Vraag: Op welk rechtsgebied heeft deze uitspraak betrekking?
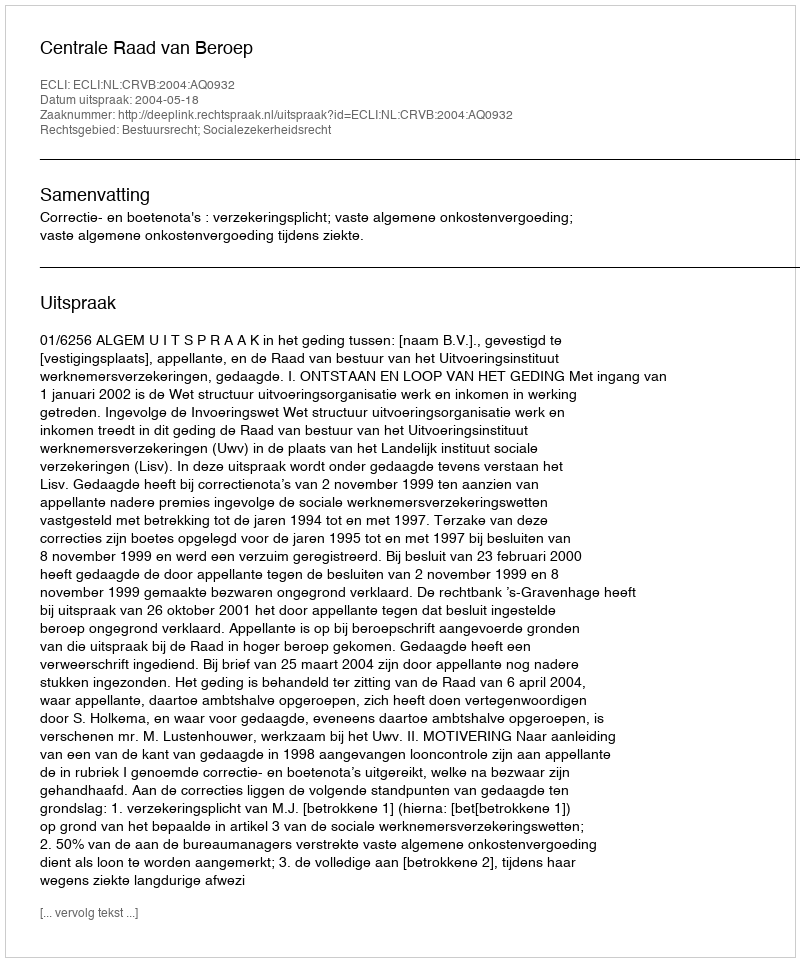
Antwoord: Bestuursrecht; Socialezekerheidsrecht